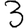
Digit: 3